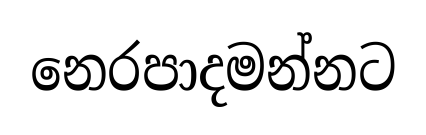
නෙරපාදමන්නට